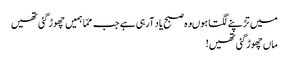
میں تڑپنے لگتا ہوںوہ صبح یاد آرہی ہے جب ممّا ہمیں چھوڑ گئی تھیں
ماں چھوڑگئی تھیں!